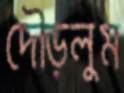
দৌড়লুম